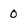
Character: 0